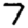
Digit: 7